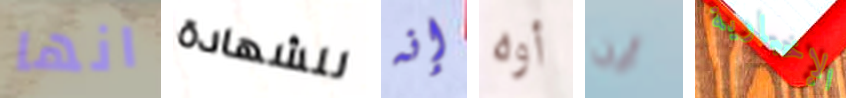
انها للشهادة إنه أوه أين الإخبارية